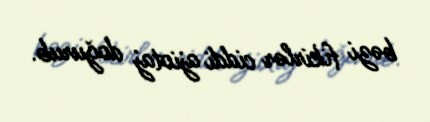
bəzi fikirlər ciddi ajiotaj doğurub.